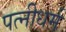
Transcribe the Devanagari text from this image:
पत्‍नीधर्म